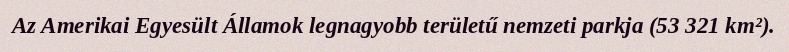
Az Amerikai Egyesült Államok legnagyobb területű nemzeti parkja (53 321 km²).